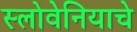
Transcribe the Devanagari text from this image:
स्लोवेनियाचे